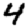
Digit: 4